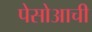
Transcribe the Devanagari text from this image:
पेसोआची